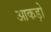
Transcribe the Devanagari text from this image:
आकड़ो